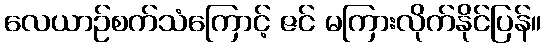
လေယာဉ်စက်သံကြောင့် ဇင် မကြားလိုက်နိုင်ပြန်။